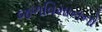
જળવિમાનનો